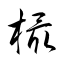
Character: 樶